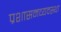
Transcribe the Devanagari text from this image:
प्रशासनव्यवस्था